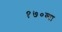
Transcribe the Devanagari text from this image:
१७०व्या